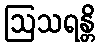
ဩသရန္တိ